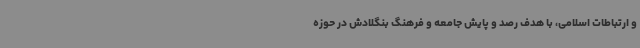
و ارتباطات اسلامی، با هدف رصد و پایش جامعه و فرهنگ بنگلادش در حوزه